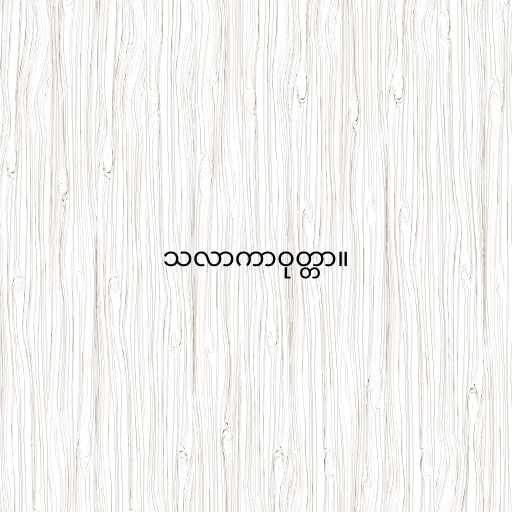
သလာကာဝုတ္တာ။